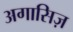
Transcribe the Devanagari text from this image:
अगासिज़